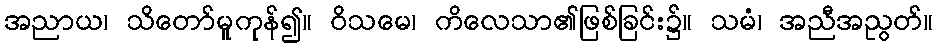
အညာယ၊ သိတော်မူကုန်၍။ ဝိသမေ၊ ကိလေသာ၏ဖြစ်ခြင်း၌။ သမံ၊ အညီအညွတ်။